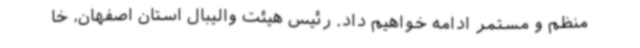
منظم و مستمر ادامه خواهیم داد. رئیس هیئت والیبال استان اصفهان، خا